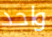
واحد